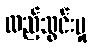
ထည့်သွင်းမှု